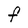
Character: F